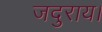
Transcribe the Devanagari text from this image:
जदुराय।